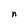
Character: n